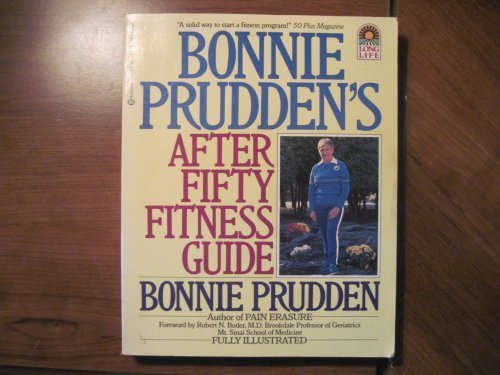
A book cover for Bonnie Prudden's After fifty fitness guide; BONNIE PRUDDEN; Health, Fitness & Dieting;